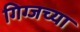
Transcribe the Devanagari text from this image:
गिग्जच्या